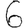
Digit: 6